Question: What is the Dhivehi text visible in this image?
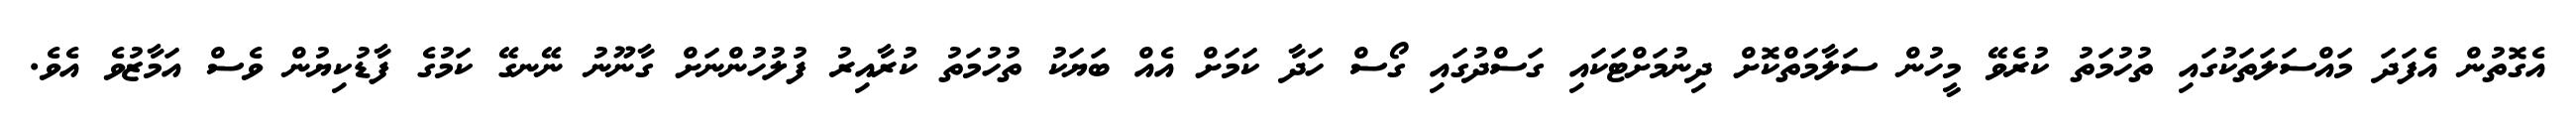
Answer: އެގޮތުން އެފަދަ މައްސަލަތަކުގައި ތުހުމަތު ކުރެވޭ މީހުން ސަލާމަތްކޮށް ދިނުމަށްޓަކައި ގަސްދުގައި ގޯސް ހަދާ ކަމަށް އެއް ބަޔަކު ތުހުމަތު ކުރާއިރު ފުލުހުންނަށް ގާނޫނު ނޭނގޭ ކަމުގެ ފާޑުކިޔުން ވެސް އަމާޒުވެ އެވެ.